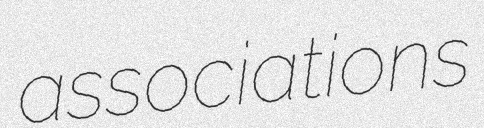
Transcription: associations